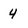
Character: 4